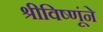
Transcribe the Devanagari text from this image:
श्रीविष्णूंने